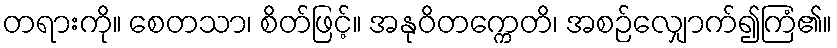
တရားကို။ စေတသာ၊ စိတ်ဖြင့်။ အနုဝိတက္ကေတိ၊ အစဉ်လျှောက်၍ကြံ၏။